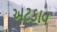
અટકાવ